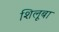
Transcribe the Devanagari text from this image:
शिलूबा